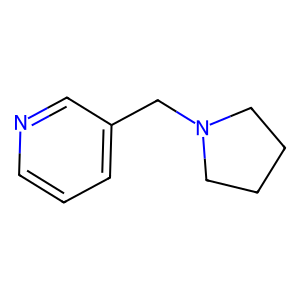
SMILES: c1cncc(CN2CCCC2)c1
Inhibits HIV replication: No